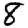
Digit: 8